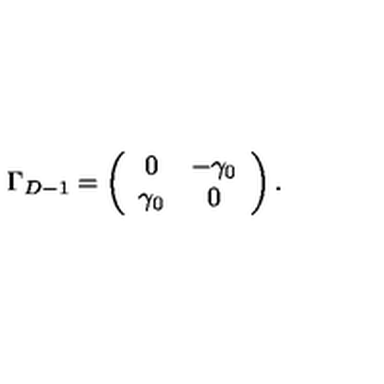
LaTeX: \Gamma _ { D - 1 } = \left( \begin{array} { c c } { 0 } & { - \gamma _ { 0 } } \\ { \gamma _ { 0 } } & { 0 } \\ \end{array} \right) .